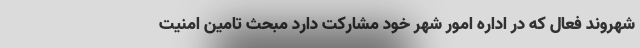
شهروند فعال که در اداره امور شهر خود مشارکت دارد مبحث تامین امنیت